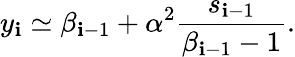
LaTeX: y_{\mathbf{i}}\simeq\beta_{\mathbf{i}-1}+\alpha^{2}\frac{{s_{\mathbf{i}-1}}}{{\beta_{\mathbf{i}-1}-1}}.